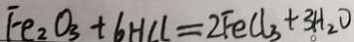
F e _ { 2 } O _ { 3 } + 6 H C l = 2 F e C l _ { 3 } + 3 H _ { 2 } O